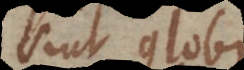
sint globi;